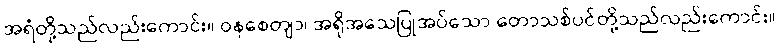
အရံတို့သည်လည်းကောင်း။ ဝနစေတျာ၊ အရိုအသေပြုအပ်သော တောသစ်ပင်တို့သည်လည်းကောင်း။